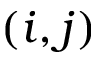
( i , j )